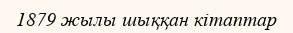
1879 жылы шыққан кітаптар